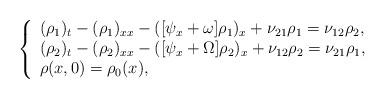
LaTeX: \begin{align*} \left\{\begin{array}{l}(\rho_1)_t - (\rho_1)_{xx} - ([\psi_x +\omega]\rho_1)_x + \nu_{21} \rho_1 =\nu_{12} \rho_2, \\(\rho_2)_t - (\rho_2)_{xx} - ([\psi_x +\Omega] \rho_2)_x + \nu_{12} \rho_2 = \nu_{21} \rho_1, \\\rho(x,0) = \rho_{0}(x),\end{array}\right.\end{align*}